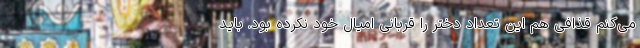
می‌کنم قذافی هم این تعداد دختر را قربانی امیال خود نکرده بود. باید